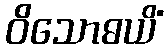
ဝိသောဓယိံ